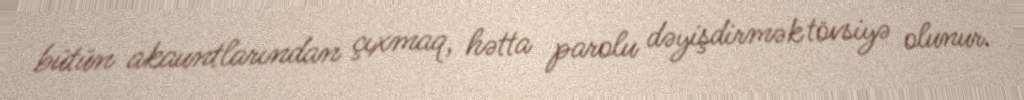
bütün akauntlarından çıxmaq, hətta parolu dəyişdirmək tövsiyə olunur.